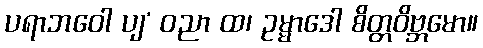
ပရာဘဝေါ ပျ’ ဝညာ ထ၊ ဥမ္မာဒေါ စိတ္တဝိဗ္ဘမော။